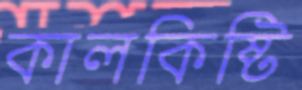
কালকিষ্টি